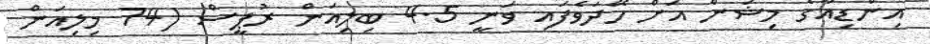
އިންޑިއާގެ މިޝަން އަށް ހޭދަވެފައި ވަނީ 4.5 ބިލިއަން ރުޕީސް (74 މިލިއަން